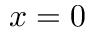
x = 0